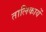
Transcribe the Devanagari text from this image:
तालिकायें